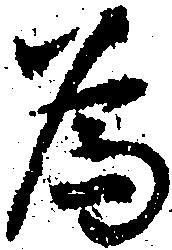
為